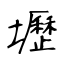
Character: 壢